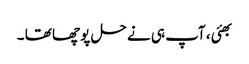
بھئی ، آپ ہی نے حل پو چھا تھا ۔